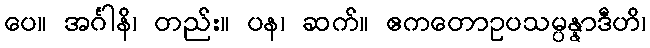
ပေ။ အင်္ဂါနိ၊ တည်း။ ပန၊ ဆက်။ ဧကတောဥပသမ္ပန္နာဒီဟိ၊